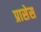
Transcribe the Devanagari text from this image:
प्रासेस